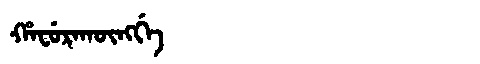
Manchu: ᡥᠠᠸᡠᡵᠠᡴᡡᠩᡤᡝ
Romanization: HAFURAKŪNGGE